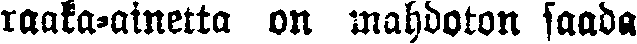
raaka-ainetta on mahdoton saada